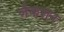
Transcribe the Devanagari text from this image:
जैकशन